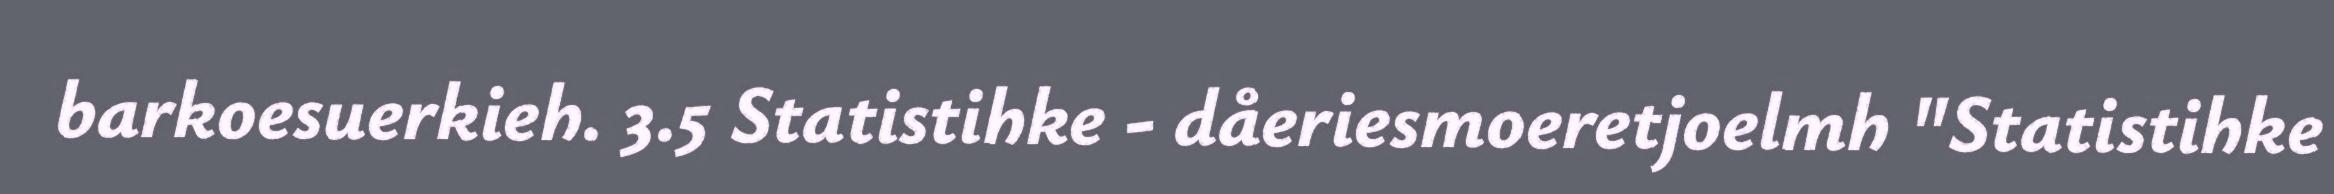
barkoesuerkieh. 3.5 Statistihke - dåeriesmoeretjoelmh "Statistihke